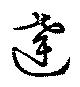
達